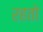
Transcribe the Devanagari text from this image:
रहतो